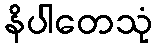
နိပါတေသုံ